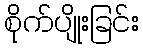
စိုက်ပျိုးခြင်း